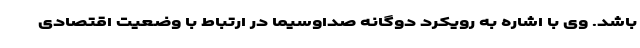
باشد. وی با اشاره به رویکرد دوگانه صداوسیما در ارتباط با وضعیت اقتصادی